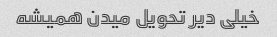
خیلی دیر تحویل میدن همیشه